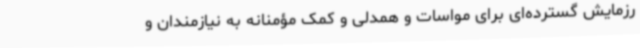
رزمایش گسترده‌ای برای مواسات و همدلی و کمک مؤمنانه به نیازمندان و